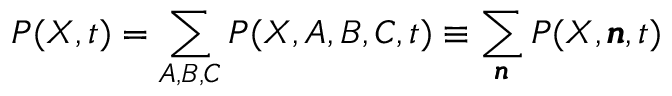
P ( X , t ) = \sum _ { A , B , C } P ( X , A , B , C , t ) \equiv \sum _ { \pmb { n } } P ( X , \pmb { n } , t )